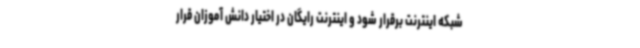
شبکه اینترنت برقرار شود و اینترنت رایگان در اختیار دانش آموزان قرار